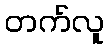
တက်လူ